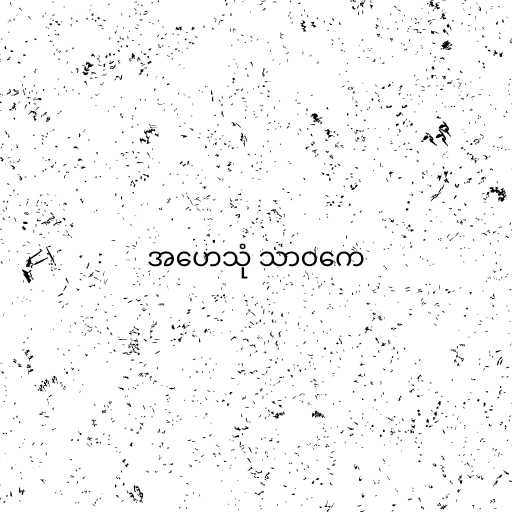
အဟေသုံ သာဝကေ